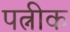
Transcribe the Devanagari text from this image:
पत्नीक